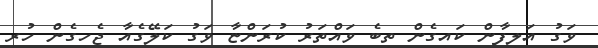
ވަގު އަލިފާން ކައިގެން ތިބެ ވައްތަރު ކުރަންޏާ ވަގު ކަލޭގެއާ ޖެހިގެން ހުރި